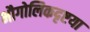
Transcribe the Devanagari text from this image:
भौगोलिकदृष्टया